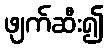
ဖျက်ဆီး၍